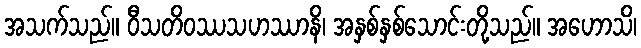
အသက်သည်။ ဝီသတိဝဿသဟဿာနိ၊ အနှစ်နှစ်သောင်းတို့သည်။ အဟောသိ၊